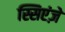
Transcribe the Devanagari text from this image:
स्सिएंज़े